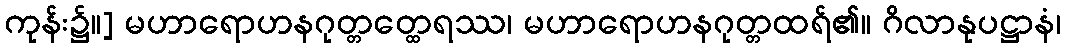
ကုန်း၌။] မဟာရောဟနဂုတ္တတ္ထေရဿ၊ မဟာရောဟနဂုတ္တထရ်၏။ ဂိလာနုပဋ္ဌာနံ၊